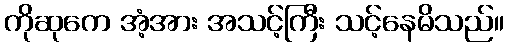
ကိုဆုကေ အံ့အား အသင့်ကြီး သင့်နေမိသည်။